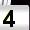
Digit: 4